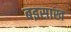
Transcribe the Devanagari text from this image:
बइसाख